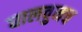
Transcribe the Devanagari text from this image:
घालवुनच